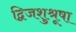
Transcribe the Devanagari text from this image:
द्विजशुश्रूषा